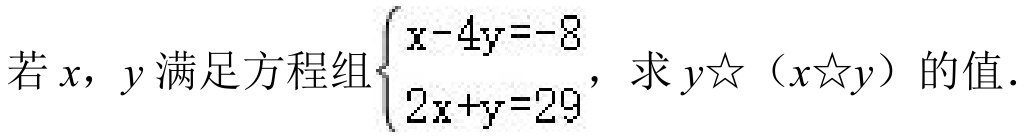
若\(x\)，\(y\)满足方程组\(\begin{cases}x - 4y = - 8\\2x + y = 29\end{cases}\)，求\(y☆(x☆y)\)的值.